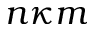
n \kappa m